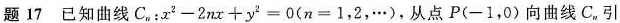
题17已知曲线C_{n}:$$x^{2}-2nx+y^{2}=0(n=1，2，\cdots )$$，从点P(-1，0)向曲线C_{n}引